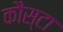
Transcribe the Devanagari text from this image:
कौस्टा